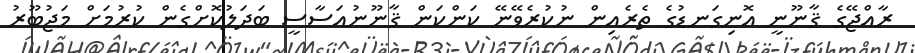
ރާއްޖޭގެ ޤާނޫނީ އޮނިގަނޑުގެ ތެރެއިން ނުކުރެވޭނޭ ކަންކަން ޤާނޫނުއަސާސީ ބަދަލުކޮށްގެން ކުރުމަށް މަޖުބޫރު